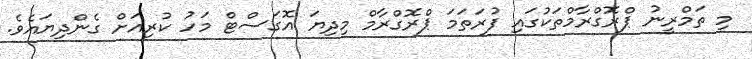
މި ތަމްރީނު ޕްރޮގްރާމްތަކުގައި ފުރަތަމަ ޕްރޮގްރާމް މިދިޔަ އޮގަސްޓް މަހު ކުރިއަށް ގެންދިޔައެވެ.